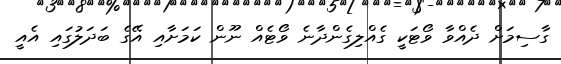
ގާސިމަށް ދެއްވާ ވޯޓަކީ ގެއްލިގެންދާނެ ވޯޓެއް ނޫން ކަމަށާއި އޭގެ ބަދަލުގައި އެއީ